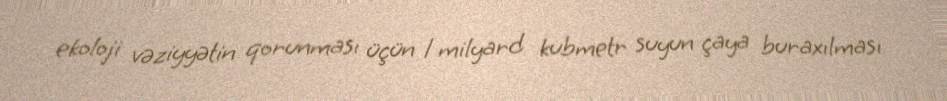
ekoloji vəziyyətin qorunması üçün 1 milyard kubmetr suyun çaya buraxılması